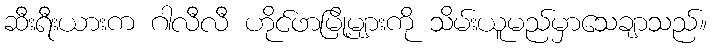
ဆီးရီးယားက ဂါလီလီ ဟိုင်ဖာမြို့များကို သိမ်းယူမည်မှာသေချာသည်။